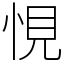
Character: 悓